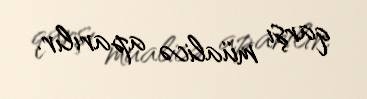
qarşı müalicə aparılır.